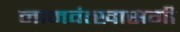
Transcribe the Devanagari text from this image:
नामवंत्खासगी